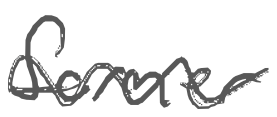
Text: former
Cross-out: wave
Writing tool: digital_gray